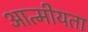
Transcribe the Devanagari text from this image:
आत्‍मीयता